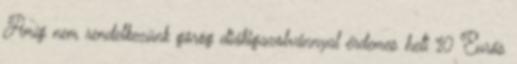
Amíg nem rendelkezünk görög diákigazolvánnyal érdemes heti 10 Eurós